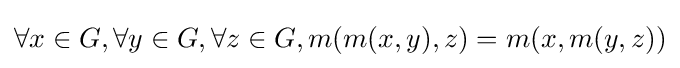
\forall x\in G,\forall y\in G,\forall z\in G,m(m(x,y),z)=m(x,m(y,z))